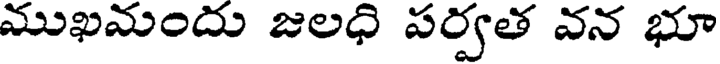
ముఖమందు జలధి పర్వత వన భూ